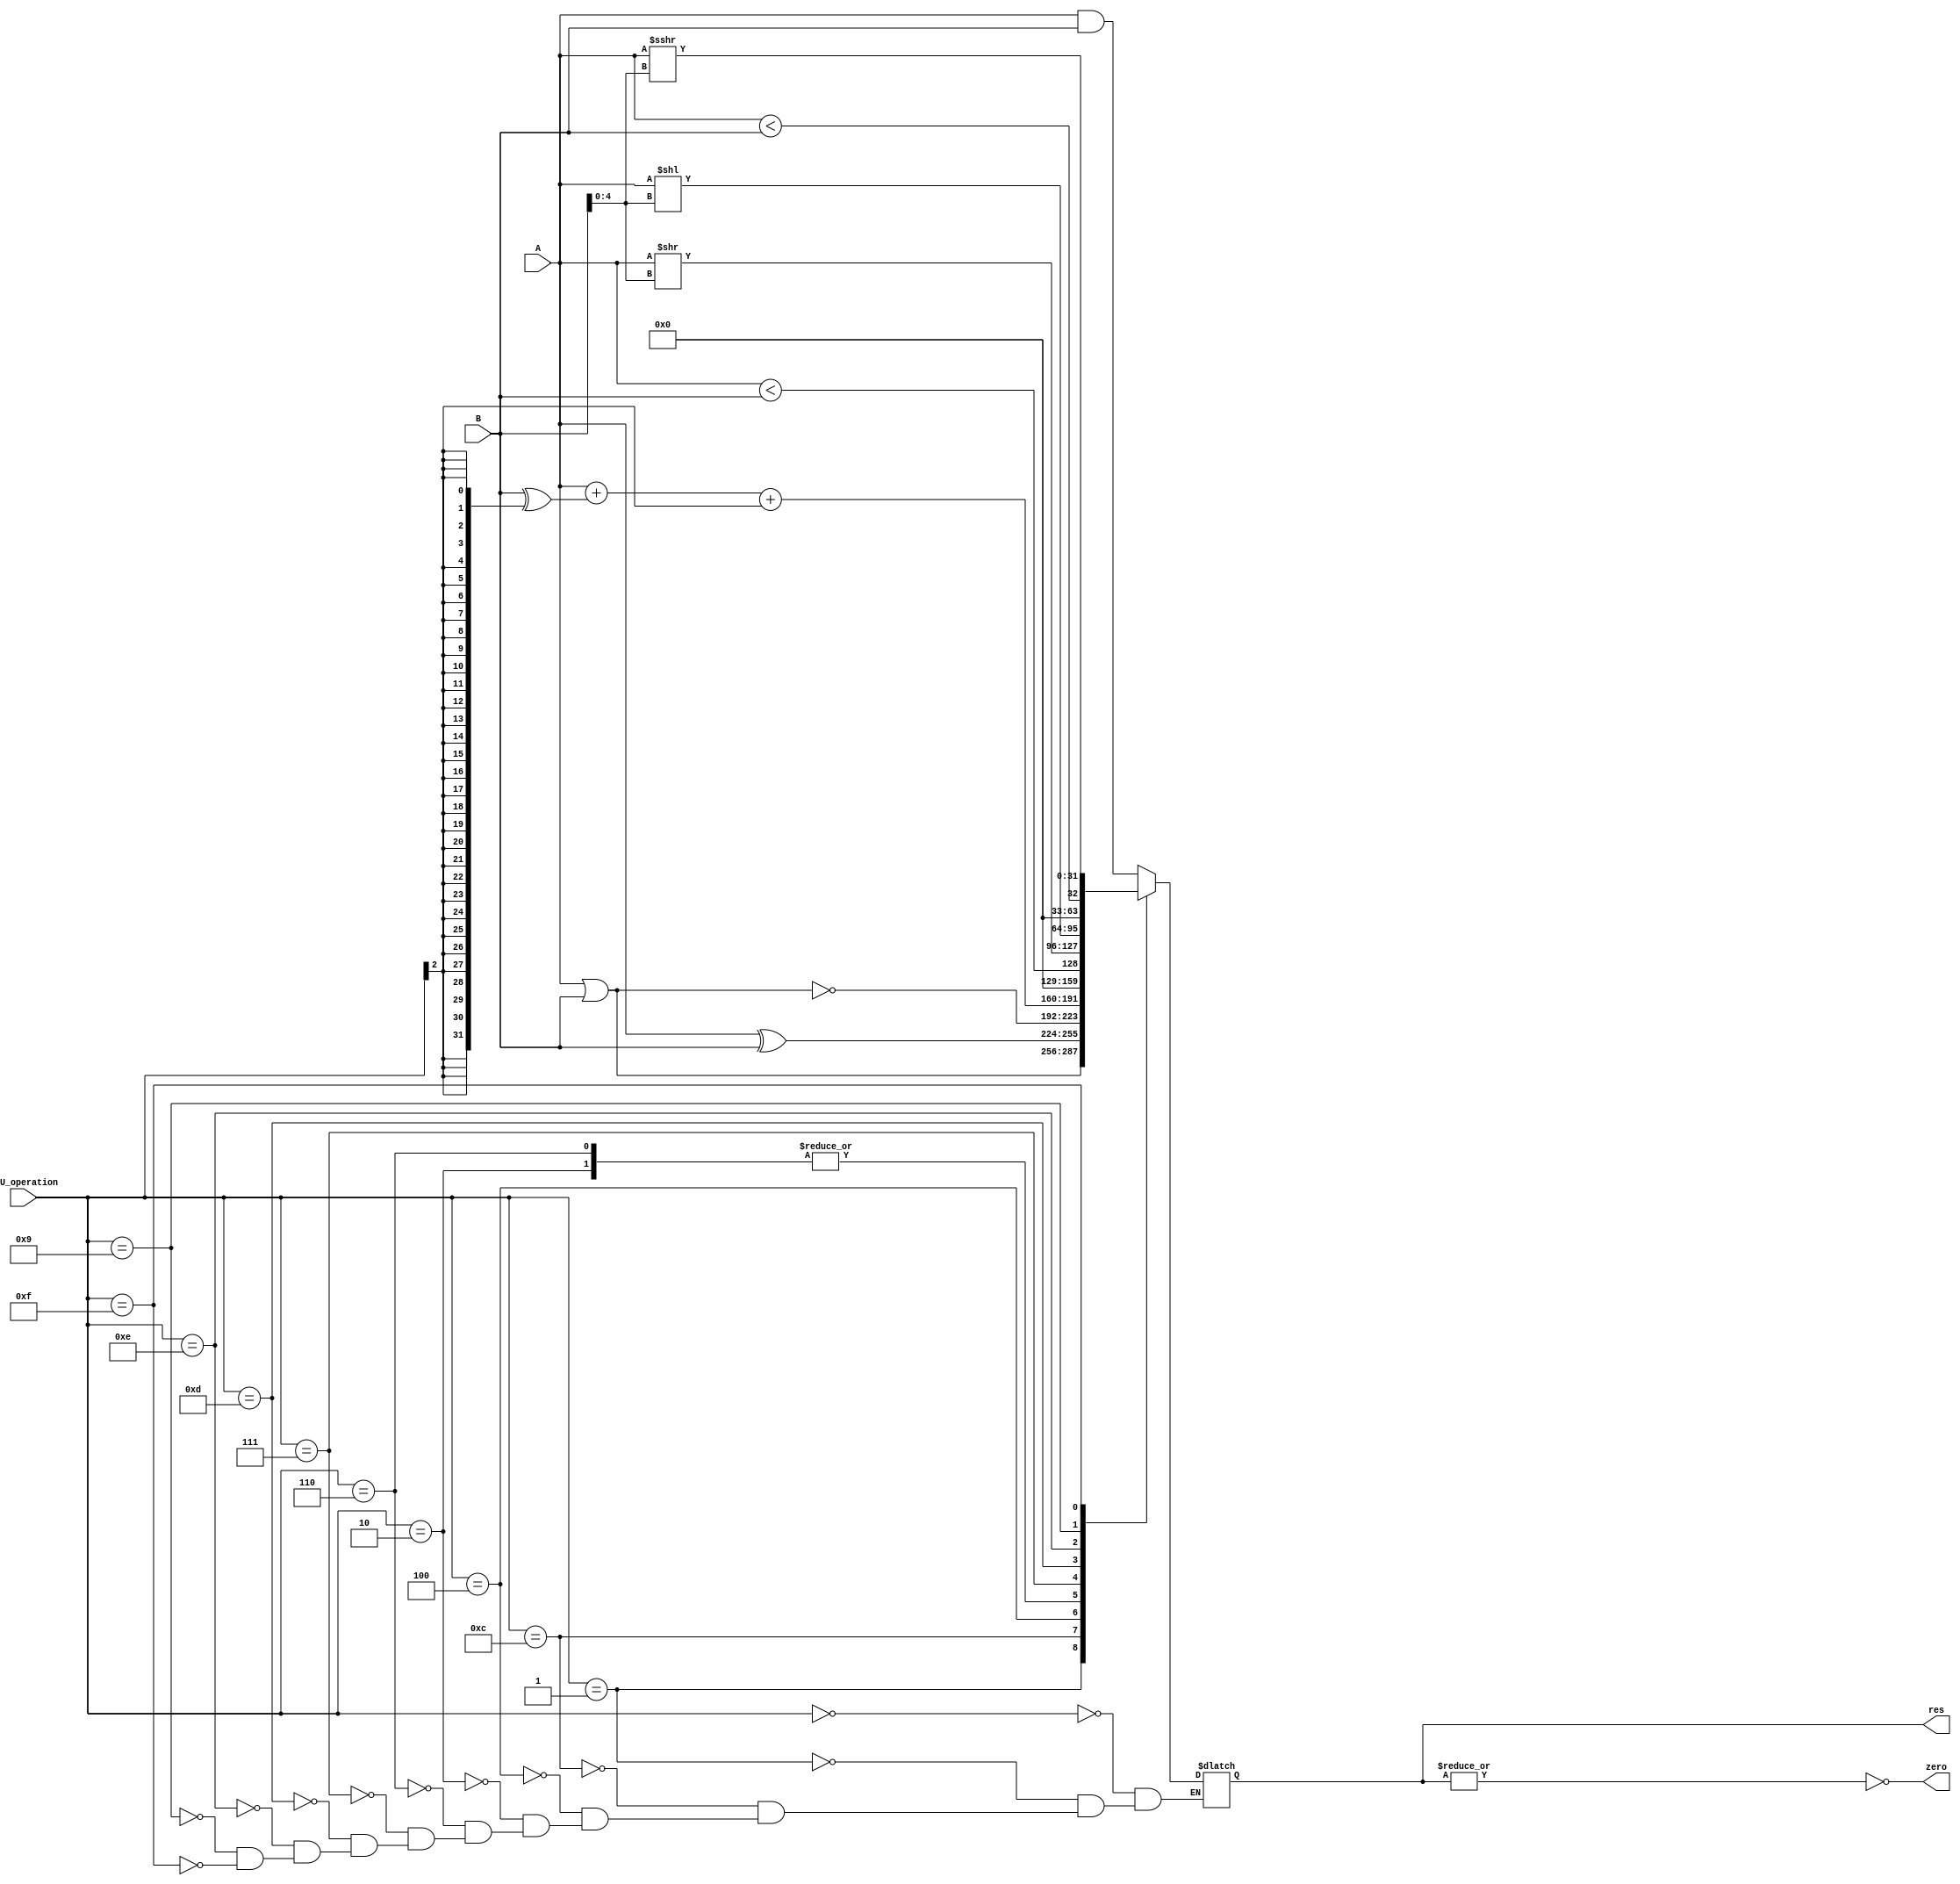
`timescale 1ns / 1ps
//////////////////////////////////////////////////////////////////////////////////
// Company: 
// Engineer: 
// 
// Design Name: 
// Module Name: ALU
// Project Name: 
// Target Devices: 
// Tool Versions: 
// Description: 
// 
// Dependencies: 
// 
// Revision:
// Revision 0.01 - File Created
// Additional Comments:
// 
//////////////////////////////////////////////////////////////////////////////////


module ALU(
    input [31:0] A,
    input [31:0] B,
    input [3:0] ALU_operation,
    output reg [31:0] res,
    output  zero
    );
    reg [31:0] temp_2;
    wire Co = ALU_operation[2:2];
    reg [31:0] temp ;
    reg [32:0] result;
    always @(*)begin
    temp = B ^{32{Co}};
    result = {1'b0,A} + {Co^1'b0,temp} + Co;
        case(ALU_operation)
        4'b0000: res = A & B;
        4'b0001: res = A | B;
        4'b1100: res = A ^ B;
        4'b0100: res = ~(A | B);
        4'b0010: begin
            res = result;
            end
        4'b0110: begin
            res = result;
            end
        4'b0111:begin
            res = $signed(A)<$signed(B) ;
            end
        4'b1101:res = A >> B[4:0];
        4'b1110:res = A << B[4:0];
        4'b1001:res = A<B;
        4'b1111:res = A >>> B[4:0];        
        endcase;
     end
     assign zero = ~( | res);
endmodule